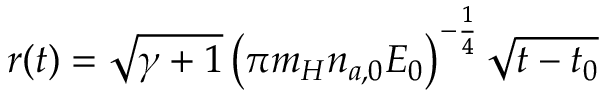
r ( t ) = \sqrt { \gamma + 1 } \left( \pi m _ { H } n _ { a , 0 } E _ { 0 } \right) ^ { - \frac { 1 } { 4 } } \sqrt { t - t _ { 0 } }